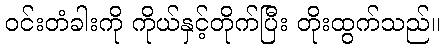
ဝင်းတံခါးကို ကိုယ်နှင့်တိုက်ပြီး တိုးထွက်သည်။